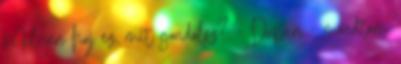
Milyen haj ez, mit gondolsz? - Dupin - mondtam